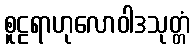
စူဠရာဟုလောဝါဒသုတ္တံ